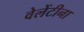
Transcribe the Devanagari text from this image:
वेलेंटीना